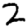
Digit: 2